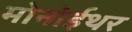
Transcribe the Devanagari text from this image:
मोनोईथर